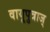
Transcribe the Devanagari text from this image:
वायूपुत्राज्